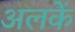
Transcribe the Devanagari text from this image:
अलकें